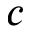
c